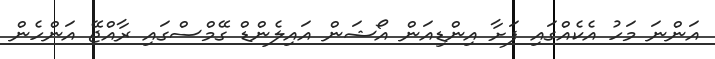
އަންނަ މަހު އެކެއްްގައި ފަށާ އިންޑިއަން އޯޝަން އަައިލެންޑް ގޭމްސްގައި ރާއްޖޭ އަންހެން